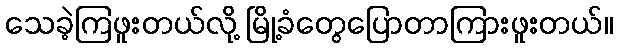
သေခဲ့ကြဖူးတယ်လို့ မြို့ခံတွေပြောတာကြားဖူးတယ်။